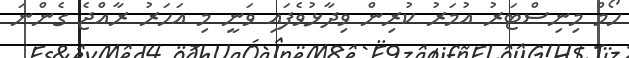
ހޯމް މިނިސްޓަރު އުމަރު ކުރިން ވިދާޅުވެފައި ވަނީ މި އަހަރު ރާއްޖެ ގެންނަ